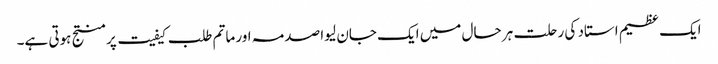
ایک عظیم استاد کی رحلت ہر حال میں ایک جان لیوا صدمہ اور ماتم طلب کیفیت پر منتج ہوتی ہے۔